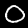
Label: 0